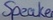
Text: speaker